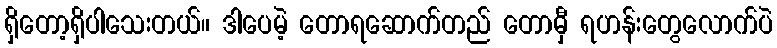
ရှိတော့ရှိပါသေးတယ်။ ဒါပေမဲ့ တောရဆောက်တည် တောမှီ ရဟန်းတွေလောက်ပဲ